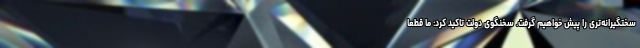
سختگیرانه‌تری را پیش خواهیم گرفت. سخنگوی دولت تاکید کرد: ما قطعاً